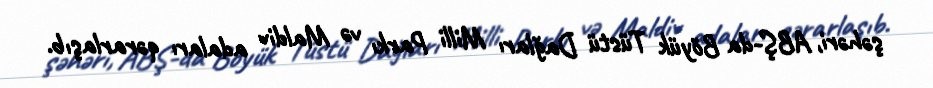
şəhəri, ABŞ-da Böyük Tüstü Dağları Milli Parkı və Maldiv adaları qərarlaşıb.